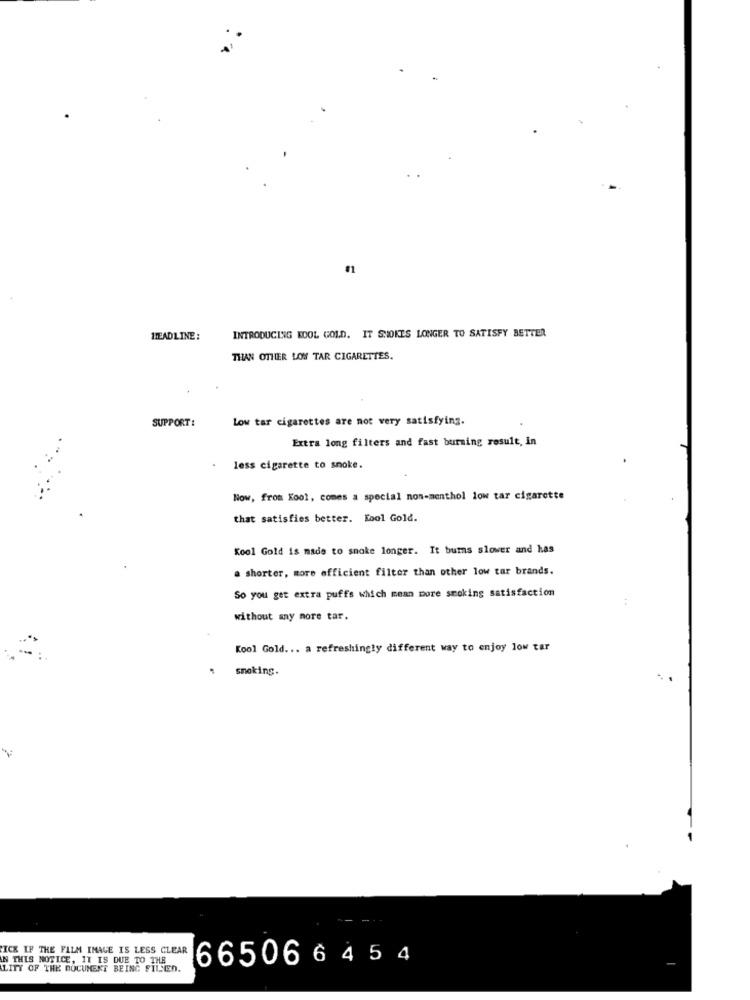
INTRODUCING WOOL GOLD. IT SMOKES LONGER TO SATISFY BETTER
HEADLINE :
THAN OTHER LOW TAR CIGARETTES.
SUPPORT :
Low tar cigarettes are not very satisfying.
Extra long filters and fast burning result, in
less cigarette to smoke.
Now, from Kool, comes a special non-menthol low tar cigarette
that satisfies better. Kool Gold.
Kool Gold is made to smoke longer. It bums slower and has
a shorter, more efficient filter than other low tar brands.
So you get extra puffs which mean more smoking satisfaction
without any more tar.
Kool Gold ... a refreshingly different way to enjoy low tar
smoking.
. .
GICK IF THE FILM IMAGE IS LESS CLEAR
IN THIS NOTICE, IT IS DUE TO THE
665066454
LITY OF THE DOCUMENT BEING FILLED.